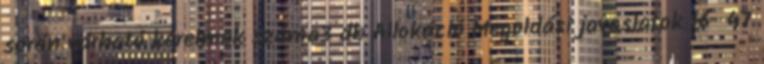
során várható kérelmek száma3 db Allokáció Megoldási javaslatok 16 47